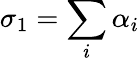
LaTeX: \sigma_{1}=\sum_{i}\alpha_{i}